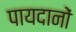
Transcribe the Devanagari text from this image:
पायदानों